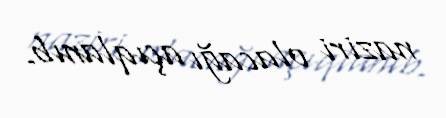
naziri olacağı açıqlanıb.